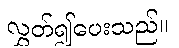
လွှတ်၍ပေးသည်။